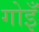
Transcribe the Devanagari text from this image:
गोइँ